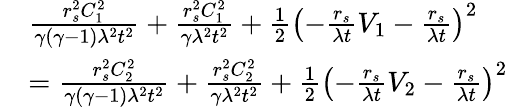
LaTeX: \begin{array}{rl}&{\frac{r_{s}^{2}C_{1}^{2}}{\gamma\left(\gamma-1\right)\lambda^{2}t^{2}}+\frac{r_{s}^{2}C_{1}^{2}}{\gamma\lambda^{2}t^{2}}+\frac{1}{2}\left(-\frac{r_{s}}{\lambda t}V_{1}-\frac{r_{s}}{\lambda t}\right)^{2}}\\ &{=\frac{r_{s}^{2}C_{2}^{2}}{\gamma\left(\gamma-1\right)\lambda^{2}t^{2}}+\frac{r_{s}^{2}C_{2}^{2}}{\gamma\lambda^{2}t^{2}}+\frac{1}{2}\left(-\frac{r_{s}}{\lambda t}V_{2}-\frac{r_{s}}{\lambda t}\right)^{2}}\end{array}